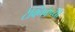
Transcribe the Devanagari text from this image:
टेक्निकच्या